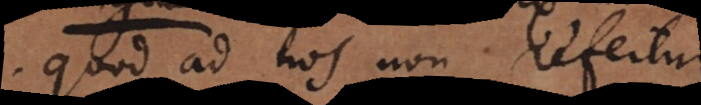
quod ad nos non refertur